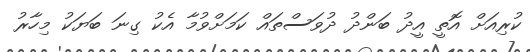
ކުރިއަށް އޮތީ އީދު ބަންދު ދުވަސްތައް ކަމަށްވުމާ އެކު ގިނަ ބަޔަކު މިހާރު